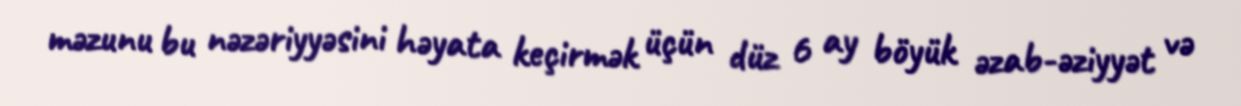
məzunu bu nəzəriyyəsini həyata keçirmək üçün düz 6 ay böyük əzab-əziyyət və